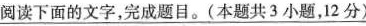
阅读下面的文字，完成题目。(本题共3小题，12分)